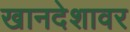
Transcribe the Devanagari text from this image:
खानदेशावर